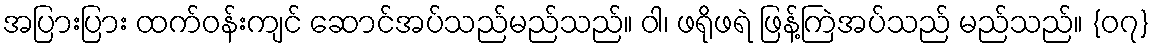
အပြားပြား ထက်ဝန်းကျင် ဆောင်အပ်သည်မည်သည်။ ဝါ၊ ဖရိုဖရဲ ဖြန့်ကြဲအပ်သည် မည်သည်။ {၀၇}